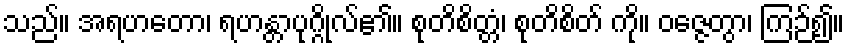
သည်။ အရဟတော၊ ရဟန္တာပုဂ္ဂိုလ်၏။ စုတိစိတ္တံ၊ စုတိစိတ် ကို။ ဝဇ္ဇေတွာ၊ ကြဉ်၍။